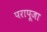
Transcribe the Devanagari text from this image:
परापूजा